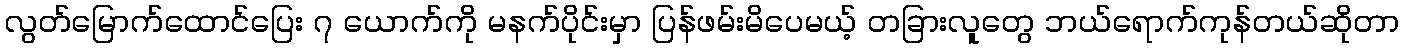
လွတ်မြောက်ထောင်ပြေး ၇ ယောက်ကို မနက်ပိုင်းမှာ ပြန်ဖမ်းမိပေမယ့် တခြားလူတွေ ဘယ်ရောက်ကုန်တယ်ဆိုတာ